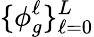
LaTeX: \{ \phi_{g}^{\ell}\} _{\ell=0}^{L}